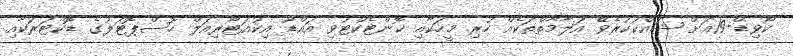
ކޯވިޑް-19އަށް ޝައްކުކުރެވޭ އަލާމާތްތަކެއް ހުރި މީހަކާއި ކޮންޓެކްޓުވި އައްޑޫ އިކުއަޓޯރިއަލް ހޮސްޕޮޓަލުގެ ޑޮކްޓަރަކާއި